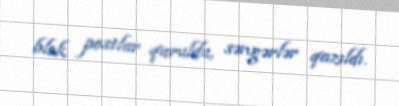
blok postlar quruldu, səngərlər qazıldı.